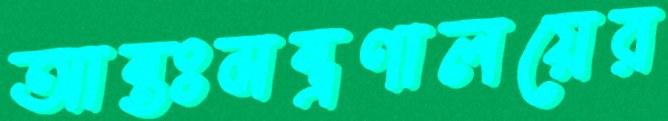
আন্তঃমন্ত্রণালয়ের